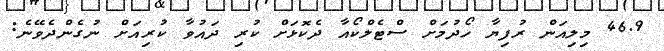
46.9 މިލިއަން ރުފިޔާ ހޯދުމަށް ސްޓެލްކޯއާ ދެކޮޅަށް ކުރި ދައުވާ ކުރިއަށް ނުގެންދެވޭނެ: